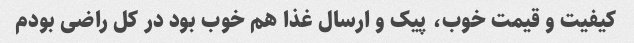
کیفیت و قیمت خوب، پیک و ارسال غذا هم خوب بود در کل راضی بودم